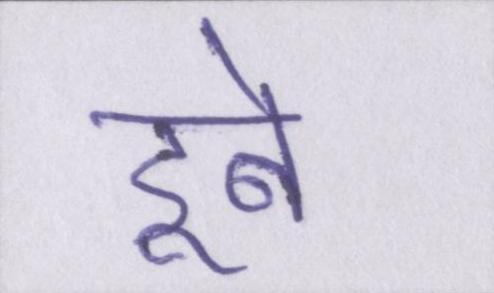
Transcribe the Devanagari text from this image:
डूबे